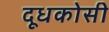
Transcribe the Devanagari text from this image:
दूधकोसी